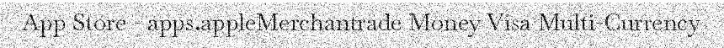
App Store - apps.appleMerchantrade Money Visa Multi-Currency